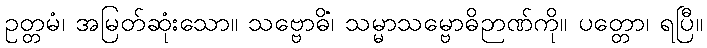
ဥတ္တမံ၊ အမြတ်ဆုံးသော။ သဗ္ဗောဓိံ၊ သမ္မာသမ္ဗောဓိဉာဏ်ကို။ ပတ္တော၊ ရပြီ။